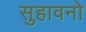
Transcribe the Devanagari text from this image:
सुहावनो